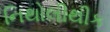
નિથોલીથીક